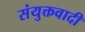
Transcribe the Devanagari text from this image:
संयुक्तवादी